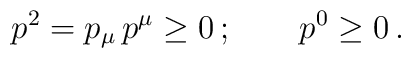
p^2 = p_{\mu}\,p^\mu \ge 0\,; \qquad p^0 \ge 0\,.